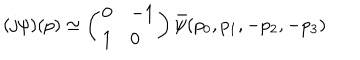
LaTeX: ( j \psi ) ( p ) \simeq \left( \begin{array} { l l } { { 0 } } & { { - 1 } } \\ { { 1 } } & { { 0 } } \\ \end{array} \right) \bar { \psi } ( p _ { 0 } , p _ { 1 } , - p _ { 2 } , - p _ { 3 } )